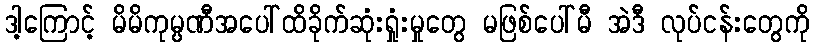
ဒါ့ကြောင့် မိမိကုမ္ပဏီအပေါ်ထိခိုက်ဆုံးရှုံးမှုတွေ မဖြစ်ပေါ်မီ အဲဒီ လုပ်ငန်းတွေကို